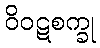
ဝိဝဋစက္ခု